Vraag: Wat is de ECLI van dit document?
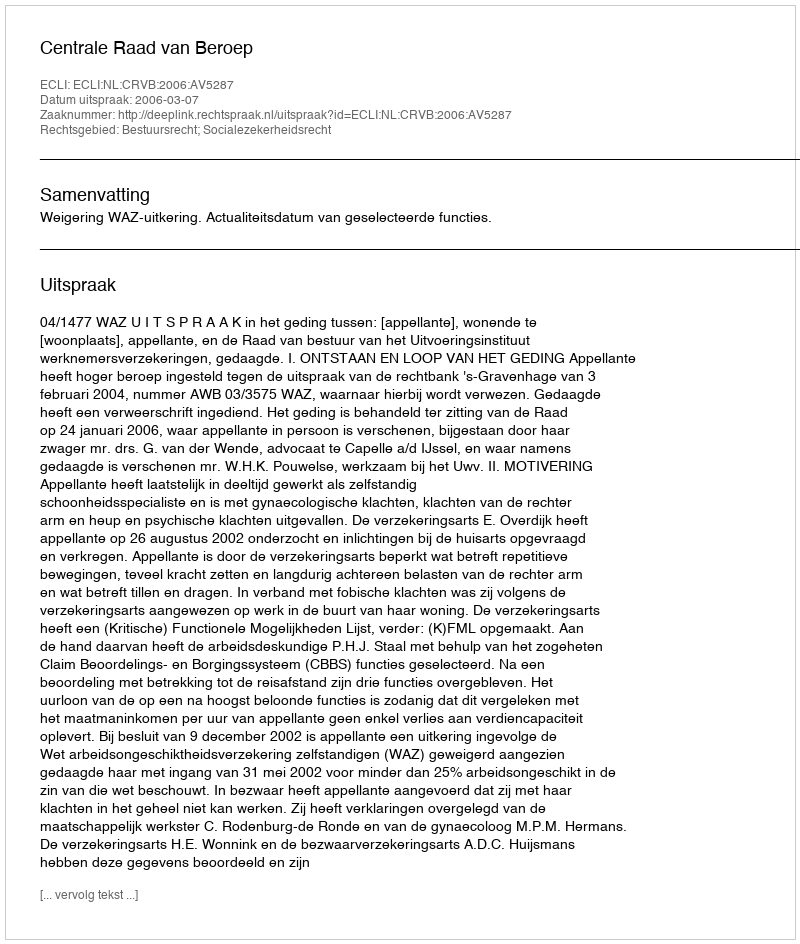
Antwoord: ECLI:NL:CRVB:2006:AV5287